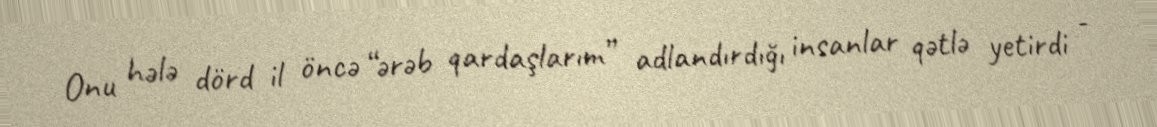
Onu hələ dörd il öncə “ərəb qardaşlarım” adlandırdığı insanlar qətlə yetirdi -